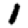
Digit: 1